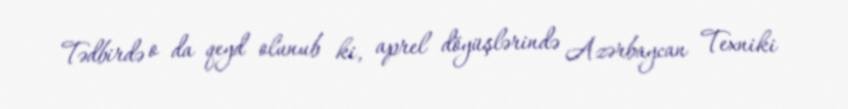
Tədbirdə o da qeyd olunub ki, aprel döyüşlərində Azərbaycan Texniki